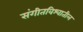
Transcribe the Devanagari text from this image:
संगीतविश्वातील